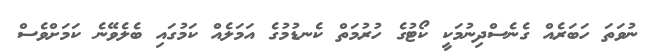
ނުވަތަ ހަބަރެއް ގެނެސްދިނުމަކީ ކޯޓުގެ ހުރުމަތް ކެނޑުމުގެ އަމަލެއް ކަމުގައި ބެލެވޭނެ ކަމަށްވެސް